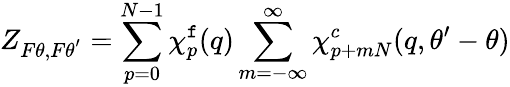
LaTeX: Z_{F\theta,F\theta^{'}}=\sum_{p=0}^{N-1}\chi_{p}^{\mathtt{f}}(q)\sum_{m=-\infty}^{\infty}\chi_{p+mN}^{c}(q,\theta^{\prime}-\theta)